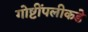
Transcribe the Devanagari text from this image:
गोष्टींपलीकडे